Report of the Municipal Commissioner on the plague in Bombay for the year ending 31st May... - Volume 1
Disease focus: Plague
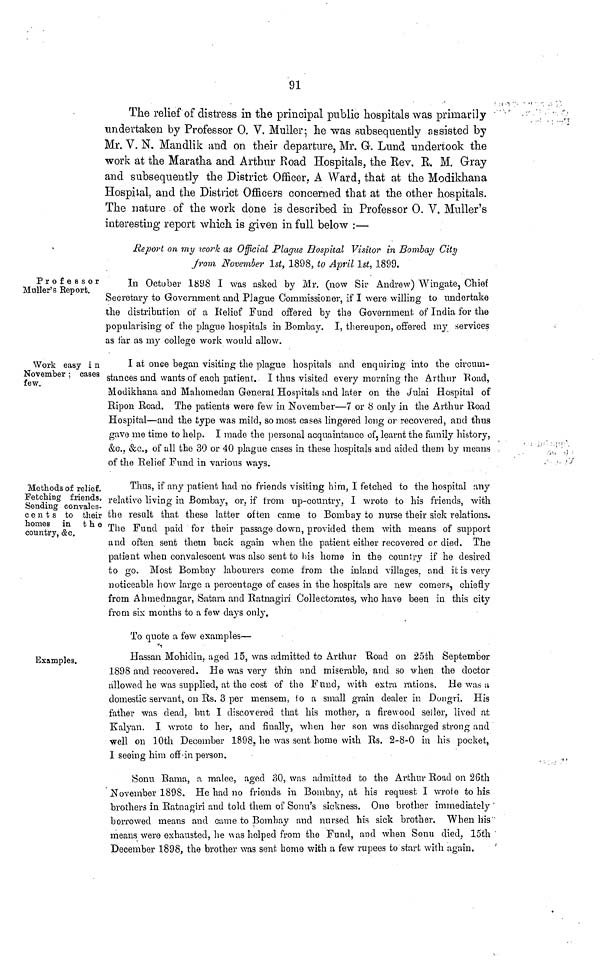
91
The relief of distress in the principal public hospitals was primarily
undertaken by Professor O. V. Muller; he was subsequently assisted by
Mr. V. N. Mandlik and on their departure, Mr. G. Lund undertook the
work at the Maratha and Arthur Road Hospitals, the Rev. R. M. Gray
and subsequently the District Officer. A Ward, that at the Modikhana
Hospital, and the District Officers concerned that at the other hospitals.
The nature of the work done is described in Professor O. V. Muller's
interesting report which is given in full below :—
Report on my work as Official Plague Hospital Visitor in Bombay City
From November 1st, 1898, to April 1st, 1899.
Professor
Muller's Report.
In October 1898 I was asked by Mr. (now Sir Andrew) Wingate, Chief
Secretary to Government and Plague Commissioner, if I were willing to undertake
the distribution of a Relief Fund offered by the Government of India for the
popularising of the plague hospitals in Bombay. I, thereupon, offered my services
as far as my college work would allow.
Work easy i n
November ; cases
few.
I at once began visiting the plague hospitals and enquiring into the circum-
stances and wants of each patient. I thus visited every morning the Arthur Road,
Modikhana and Mahomedan General Hospitals und later on the Julai Hospital of
Ripon Road. The patients were few in November—7 or 8 only in the Arthur Road
Hospital—and the type was mild, so most cases lingered long or recovered, and thus
gave me time to help. I made the persona] acquaintance of, learnt the family history,
&c., &c., of all the 30 or 40 plague cases in these hospitals and aided them by means
of the Relief Fund in various ways.
Methods of relief.
Fetching friends.
Sending convales-
cents to their
homes in the
country, &c.
Thus, if any patient had no friends visiting him, I fetched to the hospital any
relative living in Bombay, or, if from up-country, I wrote to his friends, with
the result that these latter often came to Bombay to nurse their sick relations.
The Fund paid for their passage down, provided them with means of support
and often sent them back again when the patient either recovered or died. The
patient when convalescent was also sent to his home in the country if he desired
to go. Most Bombay labourers come from the inland villages, and it is very
noticeable how large a percentage of cases in the hospitals are new coiners, chiefly
from Ahmednagar, Satara and Ratnagiri Collectorates, who have been in this city
from six months to a few days only.
Examples.
To quote a few examples—
Hassan Mohidin, aged 3 5, was admitted to Arthur Road on 25th September
1898 and recovered. He was very thin and miserable, and so when the doctor
allowed he was supplied, at the cost of the Fund, with extra rations. He was u
domestic servant, on Rs. 3 per mensem, to a small grain dealer in Dongri. His
father was dead, but I discovered that his mother, a firewood seller, lived at
Kalyan. I wrote to her, and finally, when her son was discharged strong and
well on 10th December 1898, he was sent home with Rs. 2-8-0 in his pocket,
I seeing him off in person.
Sonu Rama, P. malee, aged 30, was admitted to the Arthur Road on 26th
November 1898. He had no friends in Bombay, at his request I wrote to his
brothers in Ratnagiri and told them of Sonu's sickness. One brother immediately
borrowed means and came to Bombay and nursed his sick brother. When his
means were exhausted, he was helped from the Fund, and when Sonu died, 15th
December 1898, the brother was sent home with a few rupees to start with again.